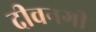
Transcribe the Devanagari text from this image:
दीवनगी